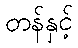
တန်နှင့်